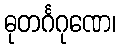
ဓုတင်္ဂဂုဏေ၊